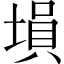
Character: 塤